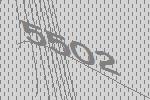
5502